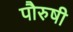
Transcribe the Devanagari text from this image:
पौरुषी